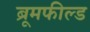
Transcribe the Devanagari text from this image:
ब्रूमफील्ड